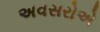
અવસરોએ